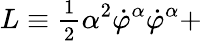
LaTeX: L\equiv\frac{_1}{^2}\alpha^{2}\dot{\varphi}^{\alpha}\dot{\varphi}^{\alpha}+